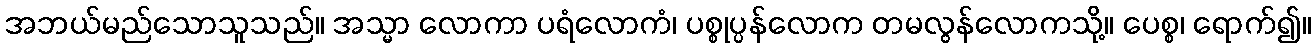
အဘယ်မည်သောသူသည်။ အသ္မာ လောကာ ပရံလောကံ၊ ပစ္စုပ္ပန်လောက တမလွန်လောကသို့။ ပေစ္စ၊ ရောက်၍။